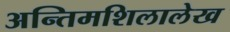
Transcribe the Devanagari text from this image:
अन्तिमशिलालेख